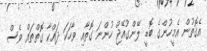
އެގޮތުން އެމީހުންގެ ބޮޑީ ލޭންގުއޭޖް ހުންނަ ގޮތާއި ވާހަކަ ދައްކާ ގޮތްތައް ވެސް